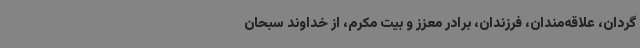
گردان، علاقه‌مندان، فرزندان، برادر معزز و بیت مکرم، از خداوند سبحان